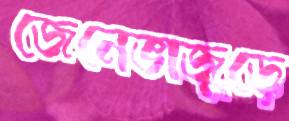
জেনেভাজুড়ে